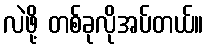
လဲဖို့ တစ်ခုလိုအပ်တယ်။